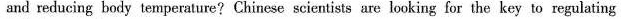
and reducing body temperature? Chinese scientists are looking for the key to regulating